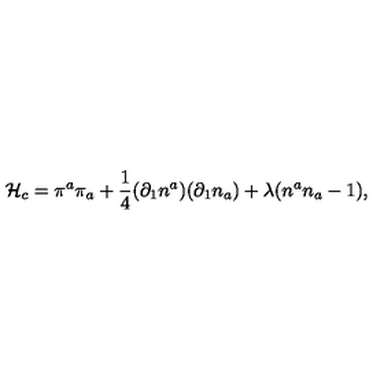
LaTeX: { \cal H } _ { c } = \pi ^ { a } \pi _ { a } + \frac { 1 } { 4 } ( \partial _ { 1 } n ^ { a } ) ( \partial _ { 1 } n _ { a } ) + \lambda ( n ^ { a } n _ { a } - 1 ) ,